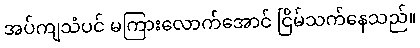
အပ်ကျသံပင် မကြားလောက်အောင် ငြိမ်သက်နေသည်။